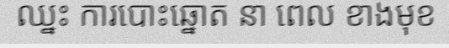
ឈ្នះ ការបោះឆ្នោត នា ពេល ខាងមុខ